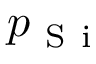
p _ { \mathrm { ~ S ~ i ~ } }